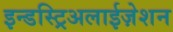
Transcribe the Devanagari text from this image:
इन्डस्ट्रिअलाईज़ेशन